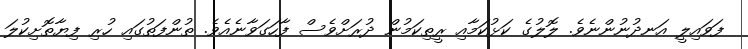
ފަވައިލީ އަނދުނުންނެވެ. ލޮލުގެ ކަޅުކަމާއި ރީތިކަމުން ދުރަށްވެސް ފާހަގަވާނެއެވެ. ތުންފަތުގައި ހުރި ފިޔާތޮށިކުލަ